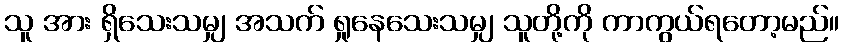
သူ အား ရှိသေးသမျှ အသက် ရှုနေသေးသမျှ သူတို့ကို ကာကွယ်ရတော့မည်။